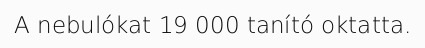
A nebulókat 19 000 tanító oktatta.